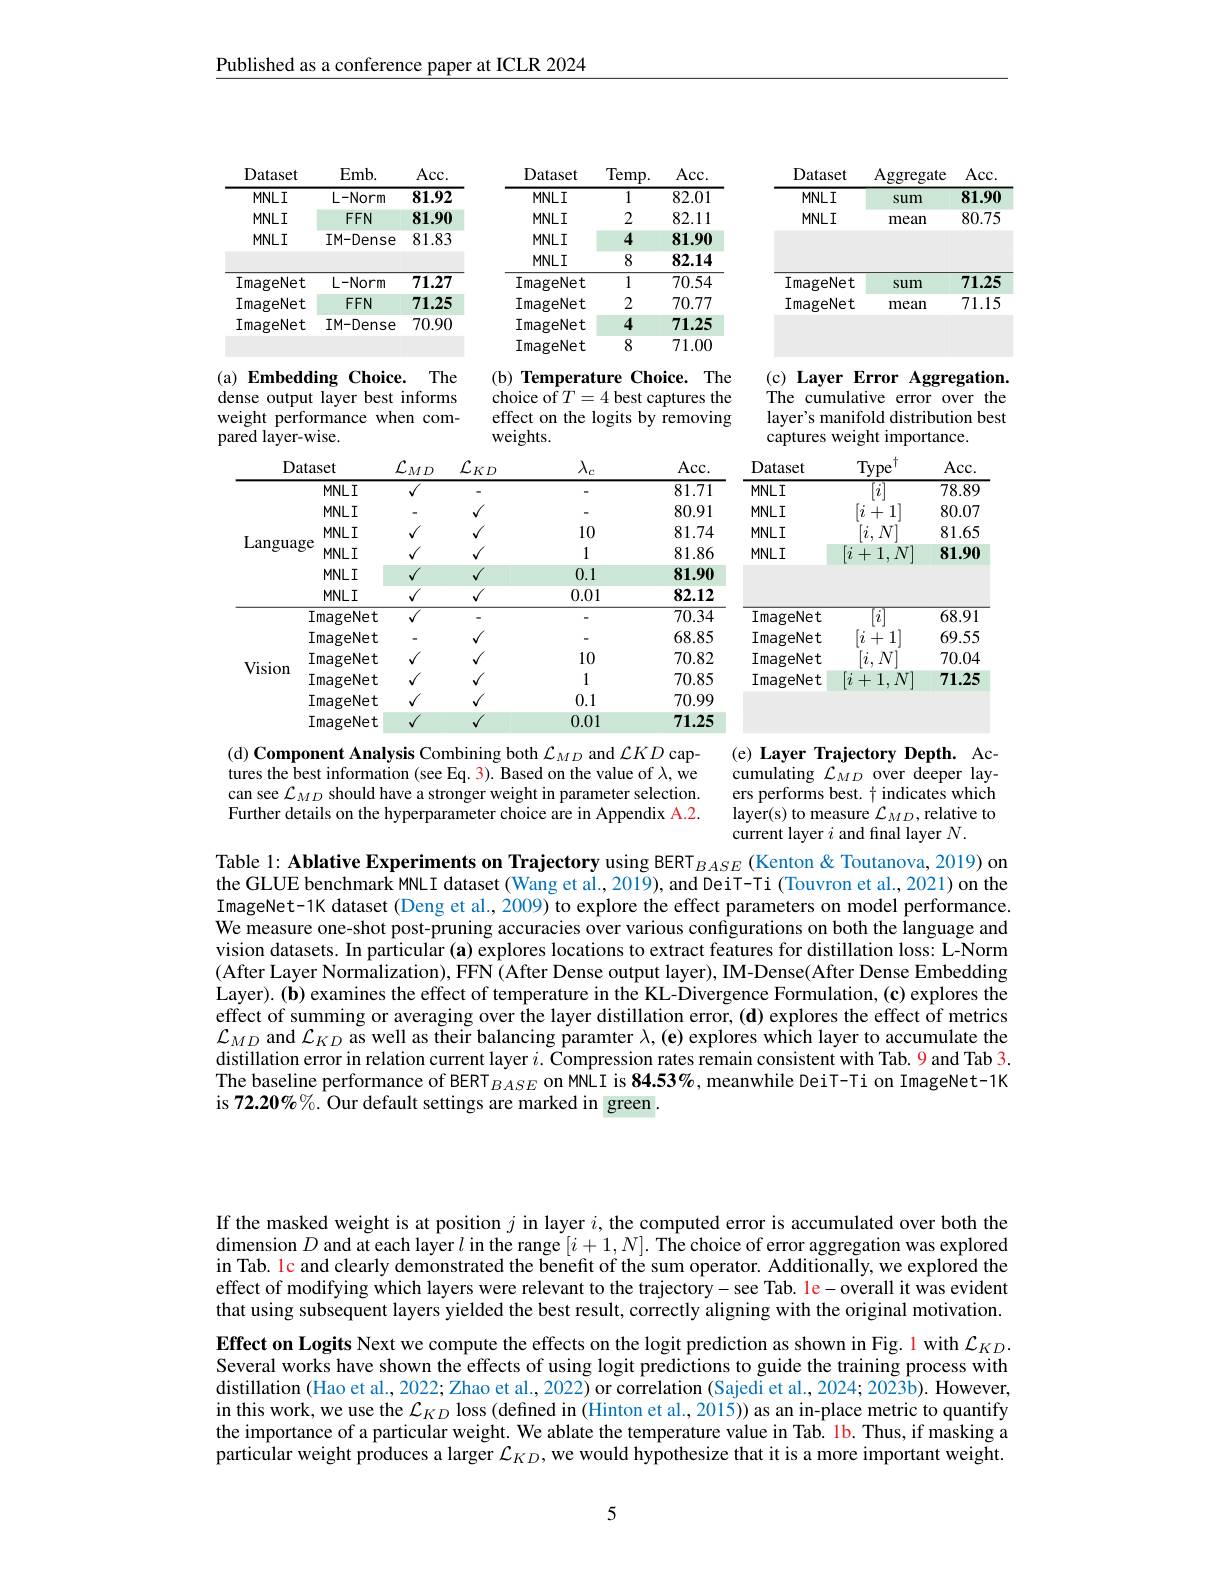
Published as a conference paper at ICLR 2024

<table>
	<tbody>
		<tr>
			<th>$MNLI$</th>
			<th>Sum</th>
			<th>81.90</th>
		</tr>
		<tr>
			<td>$MNLI$</td>
			<td>mean</td>
			<td>80.75</td>
		</tr>
		<tr>
			<td>ImageNet</td>
			<td>Sum</td>
			<td>71.25</td>
		</tr>
		<tr>
			<td>ImageNet</td>
			<td>mean</td>
			<td>71.15</td>
		</tr>
	</tbody>
</table>

<table>
	<tbody>
		<tr>
			<th>$MNLI$</th>
			<th>$L-Norm$</th>
			<th>$\overline{81.92}$</th>
		</tr>
		<tr>
			<td>$MNLI$</td>
			<td>$FFFN$</td>
			<td>81.90</td>
		</tr>
		<tr>
			<td>$MNLI$</td>
			<td>IM-Dense</td>
			<td>81.83</td>
		</tr>
		<tr>
			<td>ImageNet</td>
			<td>$L-Norm$</td>
			<td>71.27</td>
		</tr>
		<tr>
			<td>ImageNet</td>
			<td>$FFFN$</td>
			<td>71.25</td>
		</tr>
		<tr>
			<td>ImageNet</td>
			<td>IM-Dense</td>
			<td>70.90</td>
		</tr>
	</tbody>
</table>

<table>
	<tbody>
		<tr>
			<th>Dataset</th>
			<th>Temp. </th>
			<th>Acc. </th>
		</tr>
		<tr>
			<td>$MNLI$</td>
			<td>1</td>
			<td>$\overline{82.01}$</td>
		</tr>
		<tr>
			<td>$MNLI$</td>
			<td>2</td>
			<td>82.11</td>
		</tr>
		<tr>
			<td>$MNLI$</td>
			<td>4</td>
			<td>81.90</td>
		</tr>
		<tr>
			<td>$MNLI$</td>
			<td>8</td>
			<td>82.14</td>
		</tr>
		<tr>
			<td>ImageNet</td>
			<td>1</td>
			<td>70.54</td>
		</tr>
		<tr>
			<td>ImageNet</td>
			<td>2</td>
			<td>70.77</td>
		</tr>
		<tr>
			<td>ImageNet</td>
			<td>4</td>
			<td>71.25</td>
		</tr>
		<tr>
			<td>ImageNet</td>
			<td>8</td>
			<td>71.00</td>
		</tr>
	</tbody>
</table>

(a) Embedding Choice. The dense output layer best informs weight performance when compared layer-wise.

(b) Temperature Choice. The choice of $T=4$ best captures the effect on the logits by removing weights.

(c) Layer Error Aggregation. The cumulative error over the layer's manifold distribution best captures weight importance.

<table>
	<tbody>
		<tr>
			<th colspan="2">Dataset</th>
			<th rowspan="2">$\underline{\mathcal{L}_{MD}}$</th>
			<th rowspan="2">$\underline{\mathcal{L}_{KD}}$</th>
			<th rowspan="2">$\lambda_{c}$</th>
			<th rowspan="2">$Acc.$ 81.71</th>
			<th>Dataset</th>
			<th>Type</th>
			<th>$Acc.$</th>
		</tr>
		<tr>
			<th rowspan="6">$\operatorname{Languag}$</th>
			<th>$MNLI$</th>
			<th>$MNLI$</th>
			<th>2</th>
			<th>$78.8\zeta$</th>
		</tr>
		<tr>
			<td>$MNLI$</td>
			<td> </td>
			<td>$\sqrt{y}$</td>
			<td> </td>
			<td>80.91</td>
			<td>$MNLI$</td>
			<td>11 $|i$ +</td>
			<td>80.07</td>
		</tr>
		<tr>
			<td>$MNLI$</td>
			<td>1</td>
			<td>$\sqrt{y}$</td>
			<td></td>
			<td>81.74</td>
			<td>$MNLI$</td>
			<td>$[i,N]$</td>
			<td>81.65</td>
		</tr>
		<tr>
			<td>$MNLI$</td>
			<td>1</td>
			<td>$\sqrt{y}$</td>
			<td>1</td>
			<td>81.86</td>
			<td>$MNLI$</td>
			<td>+1 $1,N]$ $i$ .</td>
			<td>81.9(</td>
		</tr>
		<tr>
			<td>$MNLI$</td>
			<td>$√$</td>
			<td>$v$</td>
			<td>0.1</td>
			<td>81.90</td>
			<td> </td>
			<td> </td>
			<td> </td>
		</tr>
		<tr>
			<td>$MNLI$</td>
			<td>$√$</td>
			<td>$√$</td>
			<td>0.01</td>
			<td>82.12</td>
			<td> </td>
			<td> </td>
			<td> </td>
		</tr>
		<tr>
			<td rowspan="6">Vision</td>
			<td>[mageNet</td>
			<td>$\overline{{\sqrt{2}}}$</td>
			<td> </td>
			<td> </td>
			<td>70.34</td>
			<td>ImageNet</td>
			<td>2</td>
			<td>$\overline{68.91}$</td>
		</tr>
		<tr>
			<td>[mageNet</td>
			<td> </td>
			<td>$\sqrt{y}$</td>
			<td> </td>
			<td>68.85</td>
			<td>ImageNet</td>
			<td>11 $|i$ +</td>
			<td>69.55</td>
		</tr>
		<tr>
			<td>[mageNet</td>
			<td>1</td>
			<td>$\sqrt{y}$</td>
			<td></td>
			<td></td>
			<td>ImageNet</td>
			<td>$[i,N]$</td>
			<td>70.04</td>
		</tr>
		<tr>
			<td>[mageNet</td>
			<td>1</td>
			<td>$\sqrt{y}$</td>
			<td>1</td>
			<td>70.85</td>
			<td>ImageNet</td>
			<td>+1 $1,N]$ $\left\lceil\dot{i}\right.$ $\frac{1}{2}=\frac{1}{2}$ $\frac{1}{2}=\frac{1}{2}$</td>
			<td>71.25</td>
		</tr>
		<tr>
			<td>[mageNet</td>
			<td>1</td>
			<td>$\sqrt{y}$</td>
			<td>0.1</td>
			<td>70.99</td>
			<td> </td>
			<td> </td>
			<td> </td>
		</tr>
		<tr>
			<td>[mageNet</td>
			<td>$√$</td>
			<td>$v$</td>
			<td>0.01</td>
			<td>71.25</td>
			<td> </td>
			<td> </td>
			<td> </td>
		</tr>
	</tbody>
</table>

(d)Component Analysis Combining both $\mathcal{L}_{MD}$ and $\mathcal{L}KD$ cap- (e) Layer Trajectory Depth. Ac-tha bact information (caaEa3) Bacad ortha va cumulatina $C$ curmulatina $C$ ovar daanar lav

tures the best information (see Eq. 3). Based on the value of $\lambda$,we can see $\mathcal{L}_MD$ should have a stronger weight in parameter selection. Further details on the hyperparameter choice are in Appendix A.2.

cumulating $\mathcal{L}_{MD}$ over deeper layers performs best. $\dagger$ indicates which layer(s) to measure $\mathcal{L}_MD$,relative to current layer $i$ and final layer $N.$

Table 1: Ablative Experiments on Trajectory using BERT$_{BASE}$ (Kenton & Toutanova, 2019) on the GLUE benchmark MNLI dataset (Wang et al., 2019), and DeiT-Ti (Touvron et al., 2021) on the ImageNet-1K dataset (Deng et al., 2009) to explore the effect parameters on model performance. We measure one-shot post-pruning accuracies over various configurations on both the Îanguage and vision datasets. In particular (a) explores locations to extract features for distillation loss: L-Norm (After Layer Normalization), FFN(After Dense output layer), IM-Dense(After Dense Embedding Layer). ( b) examines the effect of temperature in the KL-Divergence Formulation, (c) explores the effect of summing or averaging over the layer distillation error, (d) explores the effect of metrics $\mathcal{L}_{MD}$ and $\mathcal{L}_KD$ as well as their balancing paramter $\lambda,(\mathbf{e})$ explores which layer to accumulate the distillation error in relation current layer $i.\hat{\text{CompressionratesremainconsistentwithTab.9andTab3.}}$ The baseline performance of BERT$_{BASE}$ on MNLI is 84.53%, meanwhile DeiT-Ti on ImageNet-1K is 72.20%%%. Our default settings are marked in green .

If the masked weight is at position $j$ in layer $i$, the computed error is accumulated over both the dimension $D$ and at each layer $l$ in the range $[i+1,N].$ The choice of error aggregation was explored in Tab. lc and clearly demonstrated the benefit of the sum operator. Additionally, we explored the effect of modifying which layers were relevant to the trajectory-see Tab. le- overall it was evident that using subsequent layers yielded the best result, correctly aligning with the original motivation. Effect on Logits Next we compute the effects on the logit prediction as shown in Fig. 1 with $\mathcal{L}_{KD}.$ Several works have shown the effects of using logit predictions to guide the training process with distillation (Hao et al., 2022; Zhao et al., 2022) or correlation (Sajedi et al., 2024; 2023b). However, in this work, we use the $\mathcal{L}_KD$ loss (defined in (Hinton et al., 2015)) as an in-place metric to quantify the importance of a particular weight. We ablate the temperature value in Tab. 1b. Thus, if masking a particular weight produces a larger $\mathcal{L}_{KD}$, we would hypothesize that it is a more important weight.

5